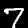
Digit: 7